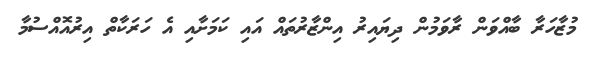
މުޒާހަރާ ބާއްވަން ރާވަމުން ދިޔައިރު އިންޒާރުތައް އައި ކަމަށާއި އެ ހަރަކާތް އިރުއޮއްސުމާ